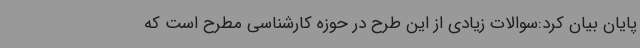
پایان بیان کرد:سوالات زیادی از این طرح در حوزه کارشناسی مطرح است که